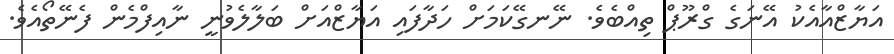
އަޔާޒްއާއެކު އޭނަގެ ގްރޫޕް ތިއްބެވެ. ނޭނގޭކަމަށް ހަދާފައި އަޔާޒްއަށް ބަލާލެވުނީ ނާއިފްމެން ފެނޭތޯއެވެ.